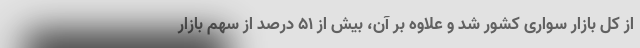
از کل بازار سواری کشور شد و علاوه بر آن، بیش از ۵۱ درصد از سهم بازار